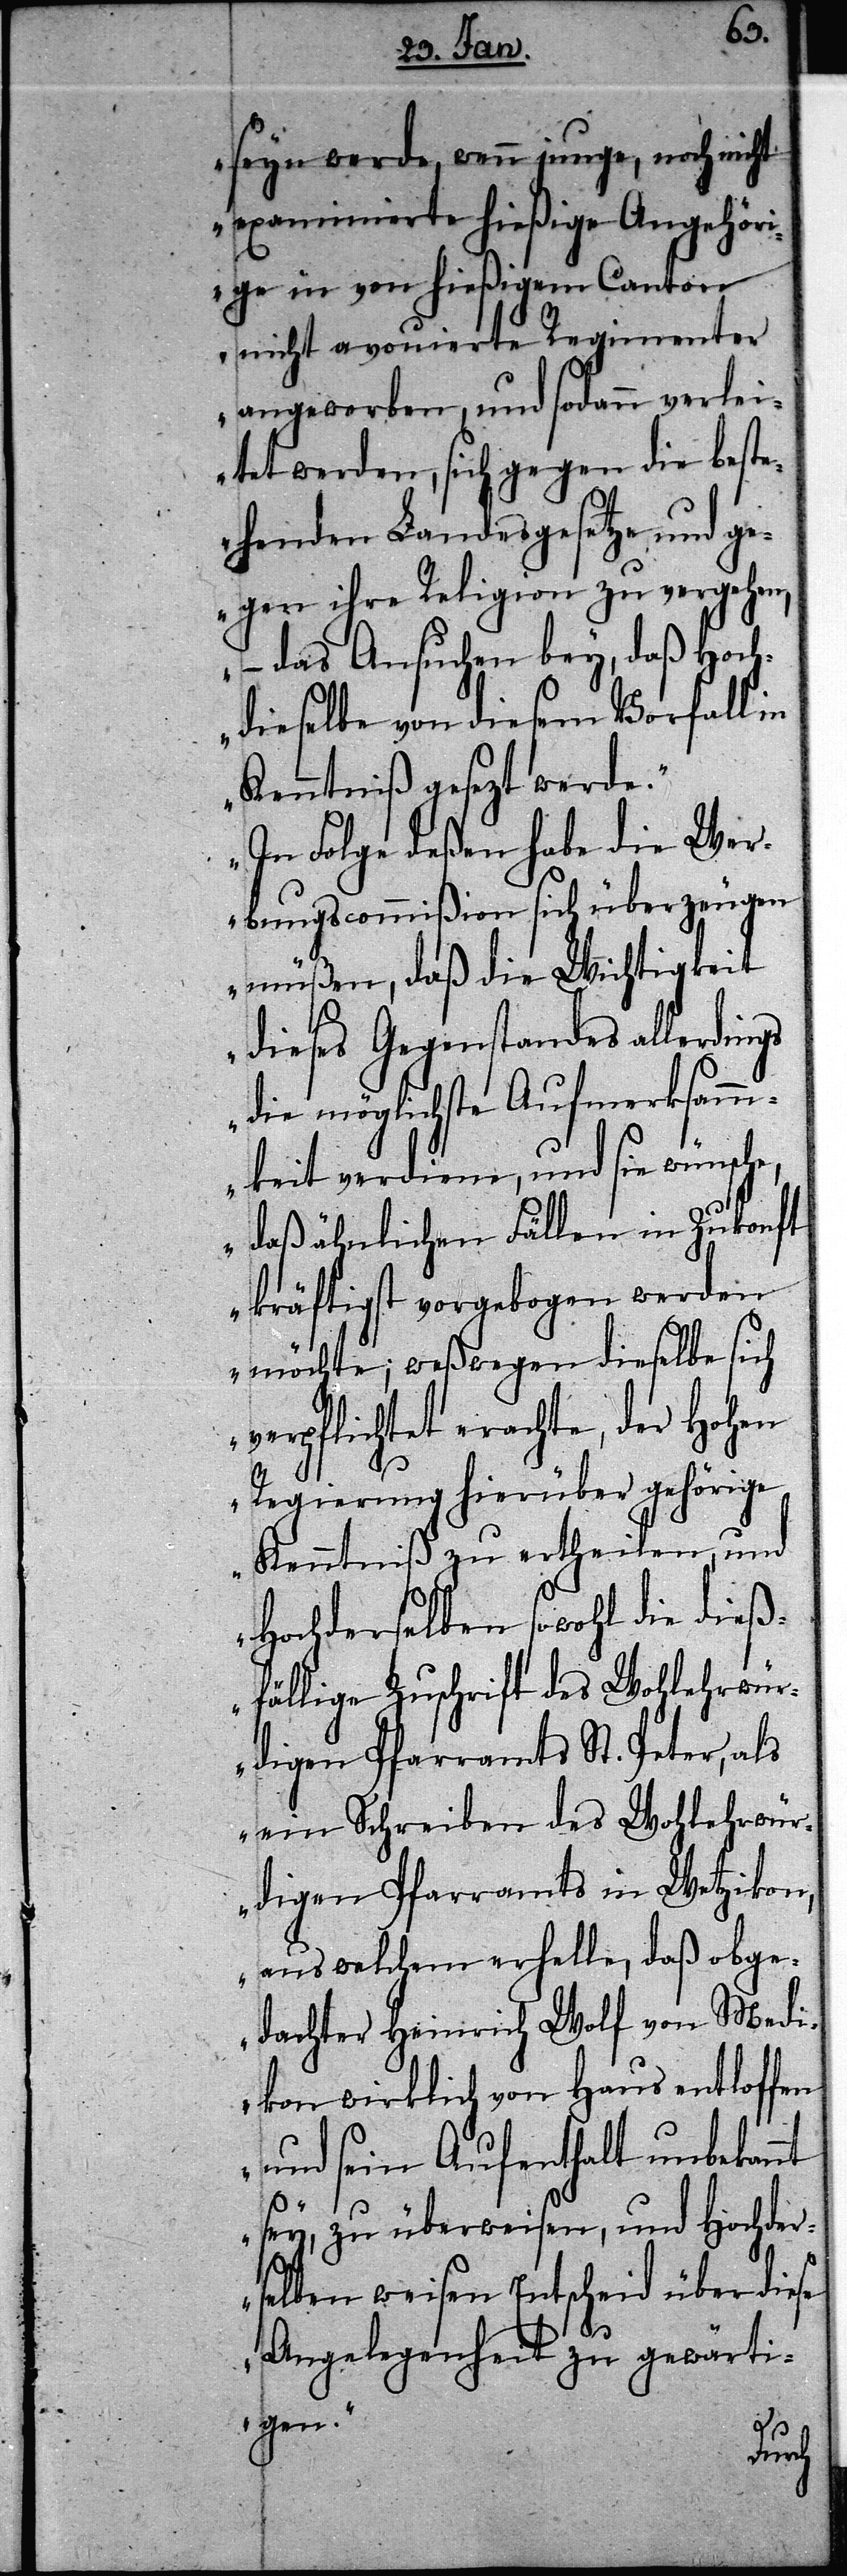
seyn werde, wenn junge, noch nicht
examinierte hießige Angehöri¬
ge in von hießigem Canton
nicht avouirte Regimenter
angeworben, und sodann verlei¬
tet werden, sich gegen die best¬
ehenden Landesgesetze und g¬
egen ihre Religion zu vergehen,
das Ansuchen bey, daß Hoch¬
dieselbe von diesem Vorfall in
Kenntniß gesetzt werde.“
„In Folge deßen habe die Wer¬
bungscommißion sich überzeugen
müßen, daß die Wichtigkeit
dieses Gegenstandes allerdings
die möglichste Aufmerksam¬
keit verdiene, und sie wünsche,
daß ähnlichen Fällen in Zukonft
kräftigst vorgebogen werden
möchte; weßwegen dieselbe sich
verpflichtet erachte, der Hohen
Regierung hierüber gehörige
Kenntniß zu ertheilen, und
Hochderselben sowohl die dieß¬
fällige Zuschrift des Wohlerwür¬
digen Pfarramts St. Peter, als
ein Schreiben des Wohlerwü¬
rdigen Pfarramts in Wetzikon,
aus welchem erhelle, daß obge¬
dachter Heinrich Wolf von Medi¬
kon wirklich von Haus entloffen
und sein Aufenthalt unbekannt
sey, zu überweisen, und Hochder¬
selben weisen Entscheid über diese
Angelegenheit zu gewärti¬
gen.“